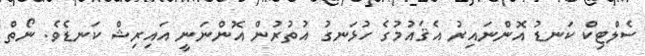
ސެލްޓިކް ކަނޑު އޮންނައިރު އެޤައުމުގެ ހުޅަނގު އުތުރުން އޮންނަނީ އައިރިޝް ކަނޑެވެ. ނޯތް